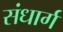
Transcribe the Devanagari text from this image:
संधार्ग